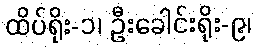
ထိပ်ရိုး-၁၊ ဦးခေါင်းရိုး-၉၊